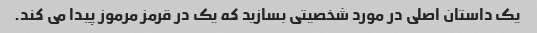
یک داستان اصلی در مورد شخصیتی بسازید که یک در قرمز مرموز پیدا می کند.